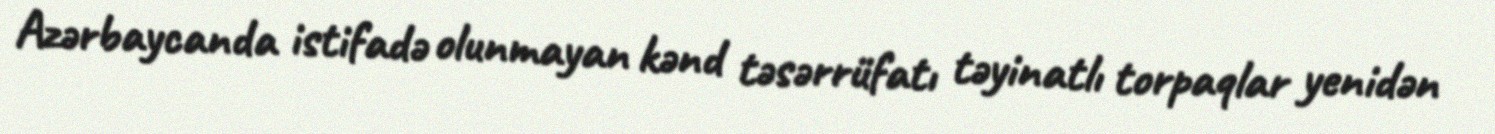
Azərbaycanda istifadə olunmayan kənd təsərrüfatı təyinatlı torpaqlar yenidən